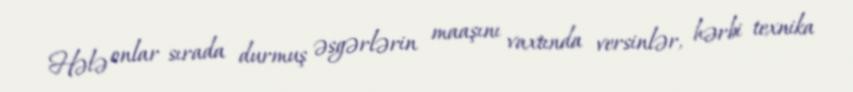
Hələ onlar sırada durmuş əsgərlərin maaşını vaxtında versinlər, hərbi texnika